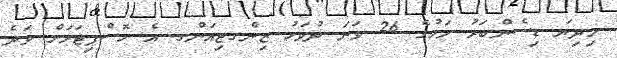
މިދިޔަ ޑިސެންބަރު މަހުގެ 26 ވަނަ ދުވަހު ޒިންގޖިއަންގ އެ ހޮސްޕިޓަލަށް ވަދެ